画像に写った文字を読んでください
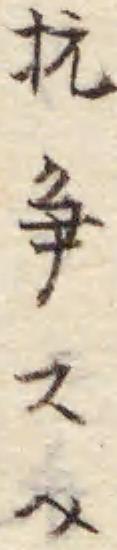
「抗争スヘ」と書いてあります